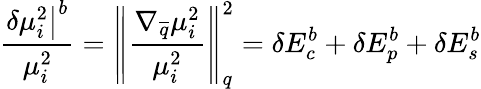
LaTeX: \frac{\left.\delta\mu_{i}^{2}\right|^{b}}{\mu_{i}^{2}}=\left\| \frac{\nabla_{\overline{{q}}}\mu_{i}^{2}}{\mu_{i}^{2}}\right\| _{q}^{2}={\delta E_{c}^{b}+\delta E_{p}^{b}+\delta E_{s}^{b}}